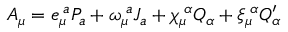
A _ { \mu } = e _ { \mu } ^ { \; a } P _ { a } + \omega _ { \mu } ^ { \; a } J _ { a } + \chi _ { \mu } ^ { \; \alpha } Q _ { \alpha } + \xi _ { \mu } ^ { \; \alpha } Q _ { \alpha } ^ { \prime }